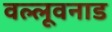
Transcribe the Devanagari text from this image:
वल्लूवनाड